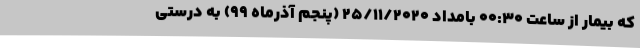
که بیمار از ساعت ۰۰:۳۰ بامداد ۲۵/۱۱/۲۰۲۰ (پنجم آذرماه ۹۹) به درستی